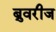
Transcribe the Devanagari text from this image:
ब्रुवरीज